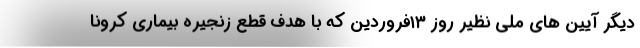
دیگر آیین های ملی نظیر روز ۱۳فروردین که با هدف قطع زنجیره بیماری کرونا